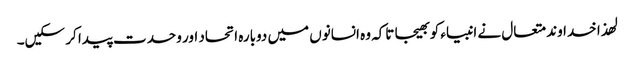
لھذا خداوند متعال نے انبیاء کو بھیجا تاکہ وہ انسانوں میں دوبارہ اتحاد اور وحدت پیدا کر سکیں۔